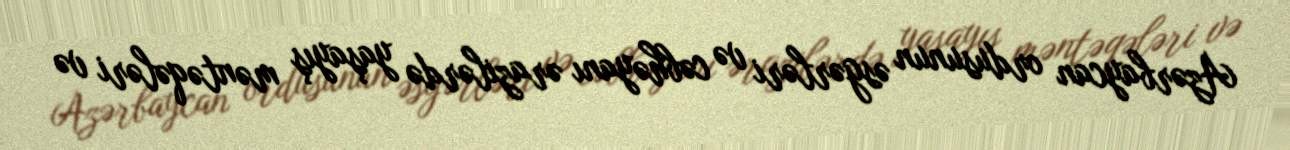
Azərbaycan ordusunun əsgərləri və cəbhəyanı ərazilərdə yaşayış məntəqələri və